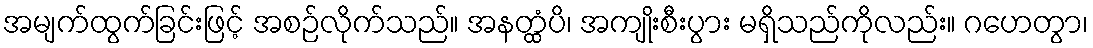
အမျက်ထွက်ခြင်းဖြင့် အစဉ်လိုက်သည်။ အနတ္ထံပိ၊ အကျိုးစီးပွား မရှိသည်ကိုလည်း။ ဂဟေတွာ၊